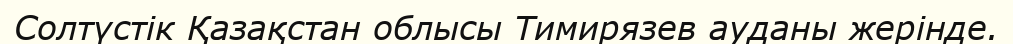
Солтүстік Қазақстан облысы Тимирязев ауданы жерінде.